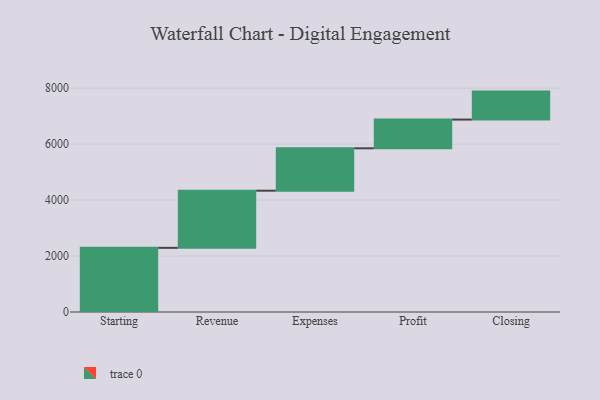
{"axis": {"x": "Step", "y": "Value"}, "legend": [""], "data": [{"x": "Starting", "y": 2293.0, "type": ""}, {"x": "Revenue", "y": 2043.0, "type": ""}, {"x": "Expenses", "y": 1515.0, "type": ""}, {"x": "Profit", "y": 1027.0, "type": ""}, {"x": "Closing", "y": 1000, "type": ""}]}